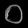
Digit: ၀